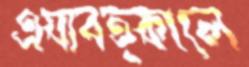
এযাবত্কালে